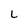
Character: L